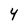
Character: 4